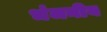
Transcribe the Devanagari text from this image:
भंजनीय